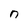
Character: n